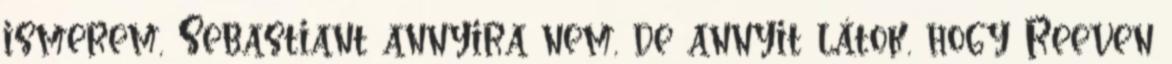
ismerem, Sebastiant annyira nem, de annyit látok, hogy Reeven